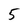
Character: 5